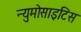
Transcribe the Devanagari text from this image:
न्युमोसाइटिस